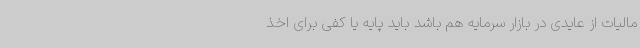
مالیات از عایدی در بازار سرمایه هم باشد باید پایه یا کفی برای اخذ